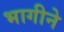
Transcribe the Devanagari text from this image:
भागीने